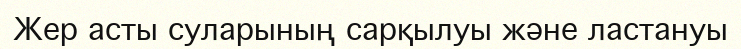
Жер асты суларының сарқылуы және ластануы